Plague in India, 1896, 1897 - Volume 3
Year: 1896
Disease focus: Plague
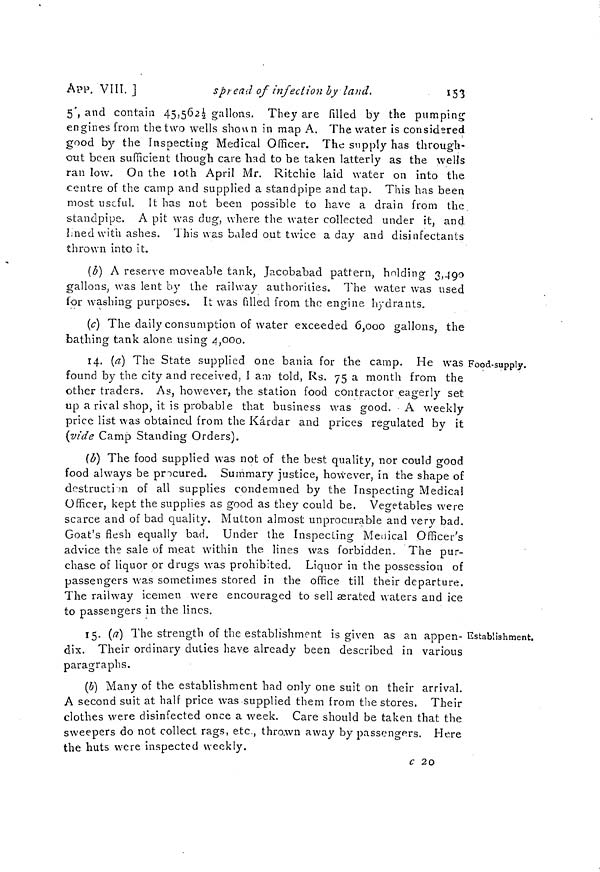
153
APP.
VIII.]
spread of infection by land.
5', and contain 45,562 1/2 gallons. They are filled by the pumping
engines from the two wells shown in map A. The water is considered
good by the Inspecting Medical Officer. The supply has through-
out been sufficient though care had to be taken latterly as the wells
ran low. On the loth April Mr. Ritchie laid water on into the
centre of the camp and supplied a standpipe and tap. This has been
most useful. It has not been possible to have a drain from the
standpipe. A pit was dug, where the water collected under it, and.
Lnedwith ashes. This was baled out twice a day and disinfectants
thrown into it.
(5) A reserve moveable tank, Jacobabad pattern, holding 3,490
gallons, was lent by the railway authorities. The water was used
for washing purposes. It was filled from the engine hydrants.
(c) The daily consumption of water exceeded 6,000 gallons, the
bathing tank alone, using 4,000.
Food-supply.
14. (a) The State supplied one bania for the camp. He was
found by the city and received, I am told, Rs. 75 a month from the
other traders. As, however, the station food contractor eagerly set
up a rival shop, it is probable that business was good. A weekly
price list was obtained from the Kárdar and prices regulated by it
(vide Camp Standing Orders).
(b) The food supplied was not of the best quality, nor could good
food always be procured. Summary justice, however, in the shape of
destruction of all supplies condemned by the Inspecting Medical
Officer, kept the supplies as good as they could be. Vegetables were
scarce and of bad quality. Mutton almost unprocurable and very bad.
Goat's flesh equally bad. Under the Inspecting Medical Officer's
advice the sale of meat within the lines was forbidden. The pur-
chase of liquor or drugs was prohibited. Liquor in the possession of
passengers was sometimes stored in the office till their departure.
The railway icemen were encouraged to sell aerated waters and ice
to passengers in the lines.
- Establishment,
15. (a) The strength of the establishment is given as an appen-
dix. Their ordinary duties have already been described in various
paragraphs.
(6) Many of the establishment had only one suit on their arrival.
A second suit at half price was supplied them from the stores. Their
clothes were disinfected once a week. Care should be taken that the
sweepers do not collect rags, etc., thrown away by passengers. Here
the huts were inspected weekly.
c 20